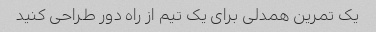
یک تمرین همدلی برای یک تیم از راه دور طراحی کنید